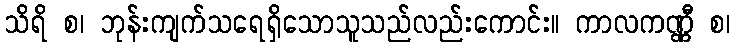
သိရိ စ၊ ဘုန်းကျက်သရေရှိသောသူသည်လည်းကောင်း။ ကာလကဏ္ဏီ စ၊